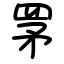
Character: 罞